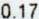
0.17